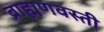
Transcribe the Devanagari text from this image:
ब्राह्मणवस्ती